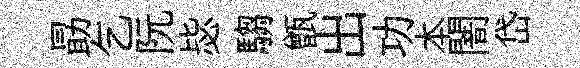
勗乞阮毖騶甑出功本闇岱